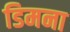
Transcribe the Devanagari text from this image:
डिमना